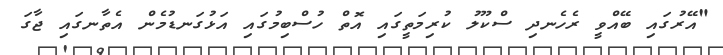
"އޭރުގައި ބޭއްވީ ރެހެނދި ސްކޫލު ކުރިމަތީގައި އޮތް ހުސްބިމުގައި އަޅުގަނޑުމެން އެތާނގައި ޖާގަ